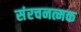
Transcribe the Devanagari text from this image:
संरचनत्मक